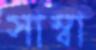
সাম্বা